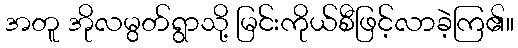
အတူ အိုလမွတ်ရွာသို့ မြင်းကိုယ်စီဖြင့်လာခဲ့ကြ၏။